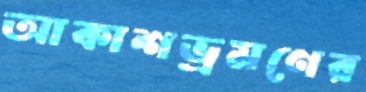
আকাশভ্রমণের